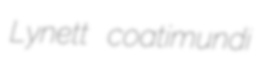
Lynett coatimundi